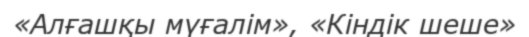
«Алғашқы мүғалім», «Кіндік шеше»